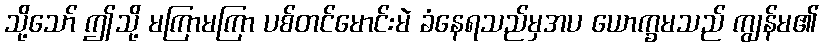
သို့သော် ဤသို့ မကြာမကြာ ပစ်တင်မောင်းမဲ ခံနေရသည်မှအပ ယောက္ခမသည် ကျွန်မ၏